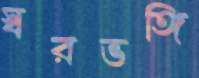
স্বরভঙ্গি